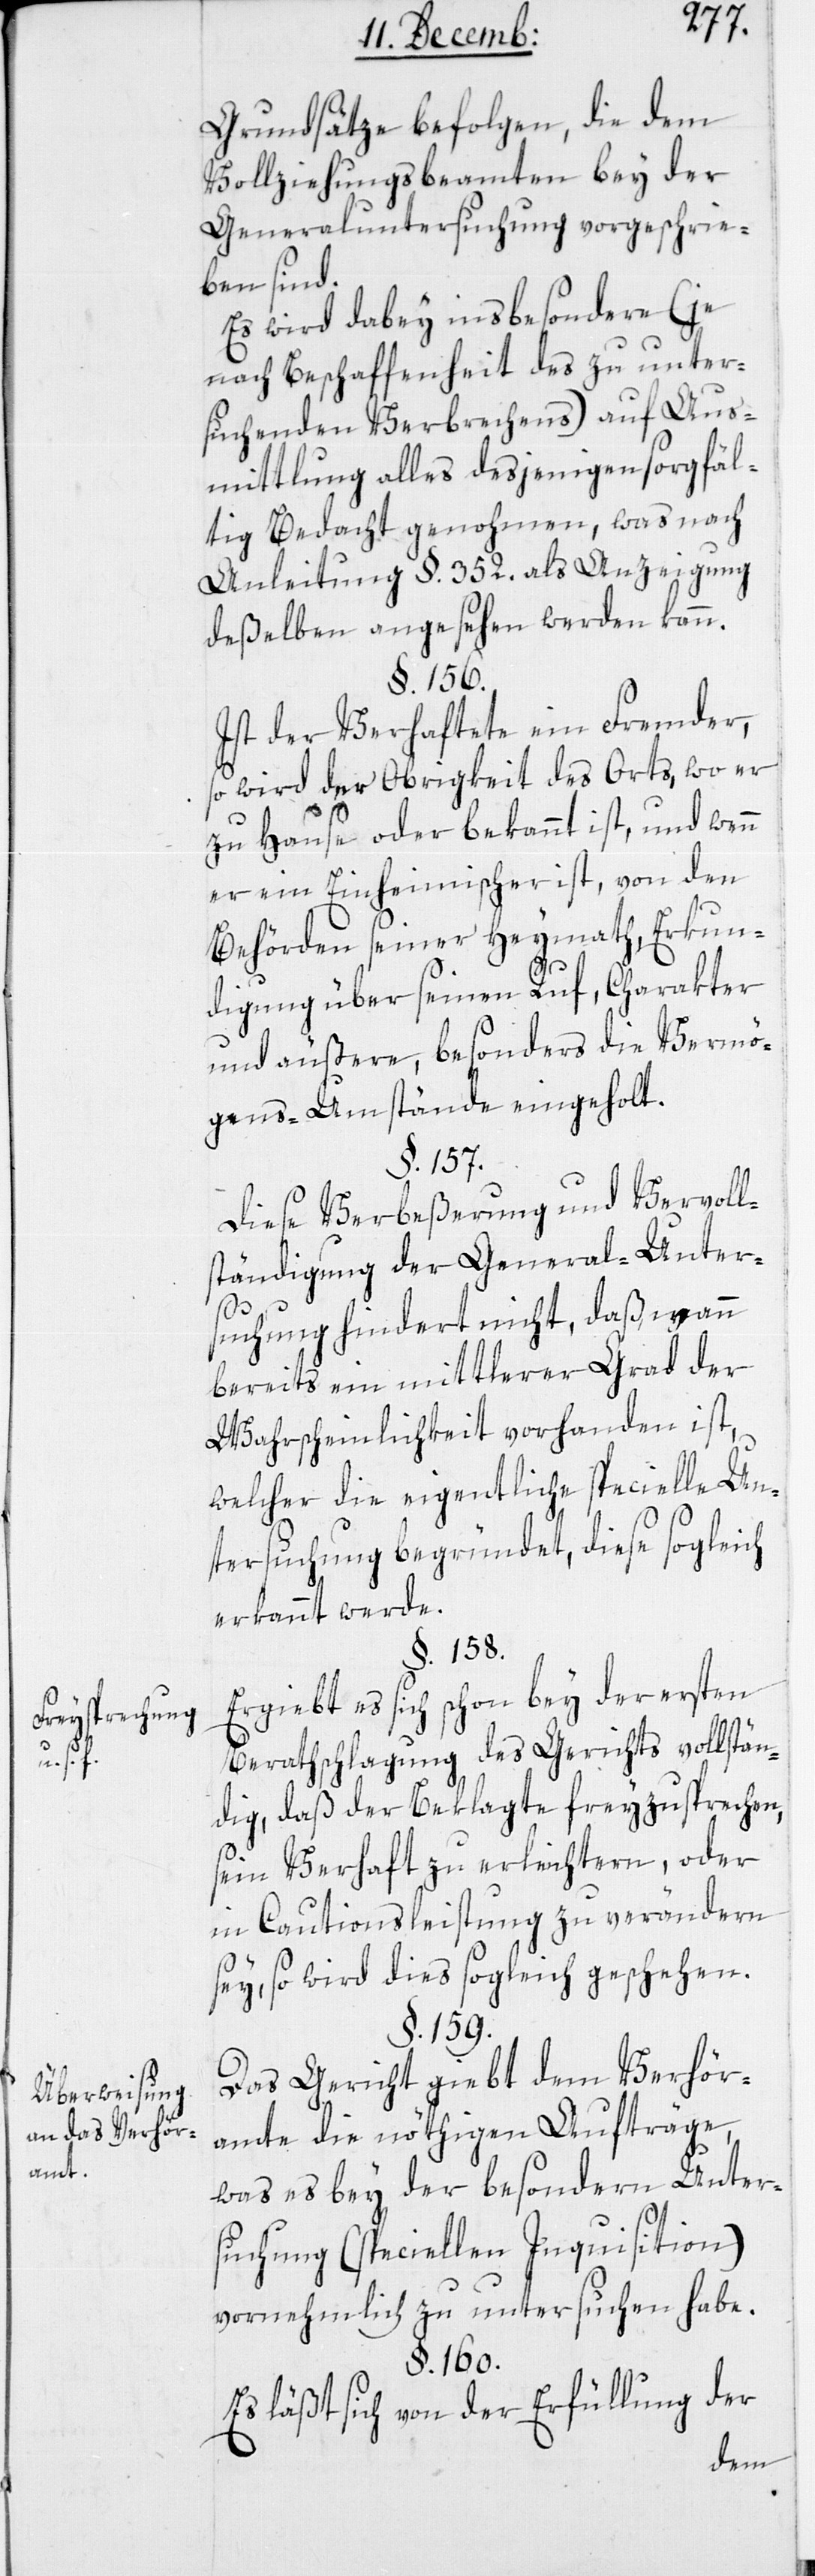
Freysprechung
s. f.
Überweisung
an das Verhör¬
amt.

Grundsätze befolgen, die dem
Vollziehungsbeamten bey der
General-Untersuchung vorgeschrie¬
ben sind.
Es wird dabey insbesondere (je
nach Beschaffenheit des zu unter¬
suchenden Verbrechens) auf Aus¬
mittlung alles desjenigen sorgfäl¬
tig Bedacht genohmen, was nach
Anleitung §. 352. als Anzeigung
deßelben angesehen werden kann.
§. 156.
Ist der Verhaftete ein Fremder,
so wird der Obrigkeit des Orts, wo er
zu Hause oder bekannt ist, und wenn
er ein Einheimischer ist, von den
Behörden seiner Heymath, Erkun¬
digung über seinen Ruf, Charakter
und äußere, besonders die Vermö¬
gens-Umstände eingeholt.
§. 157.
Diese Verbeßerung und Vervoll¬
ständigung der General-Unter¬
suchung hindert nicht, daß wenn
bereits ein mittlerer Grad der
Wahrscheinlichkeit vorhanden ist,
welcher die eigentliche specielle Un¬
tersuchung begründet, diese sogleich
erkannt werde.
§. 158.
Ergeibt es sich schon bey der ersten
Berathschlagung des Gerichts vollstän¬
dig, daß der Beklagte frey zu sprechen,
seyn Verhaft zu erleichtern, oder
in Cautionsleistung zu verändern
sey, so wird dieß sogleich geschehen.
§. 159.
Das Gericht gibt dem Verhör¬
amte die nöthigen Aufträge,
was es bey der besondern Unter¬
suchung (speciellen Inquisition)
vornehmlich zu untersuchen habe.
§. 160.
Es läßt sich von der Erfüllung der